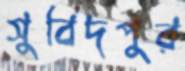
সুবিদপুর